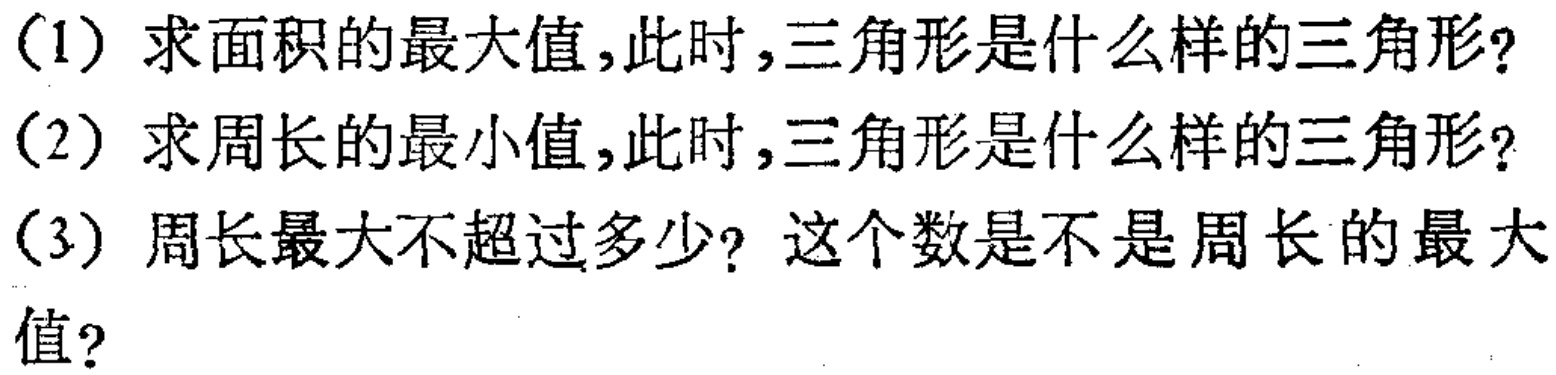
（1）求面积的最大值,此时,三角形是什么样的三角形?

（2）求周长的最小值,此时,三角形是什么样的三角形?

（3）周长最大不超过多少? 这个数是不是周长的最大值?